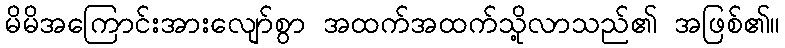
မိမိအကြောင်းအားလျော်စွာ အထက်အထက်သို့လာသည်၏ အဖြစ်၏။